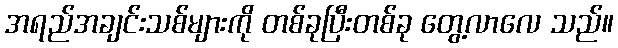
အရည်အချင်းသစ်များကို တစ်ခုပြီးတစ်ခု တွေ့လာလေ သည်။